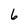
Character: 6